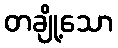
တချို့သော